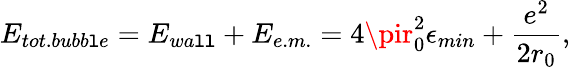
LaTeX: E_{tot.bubb\mathtt{l}e}=E_{wa\mathtt{l}\mathtt{l}}+E_{e.m.}=4\pir_{0}^{2}\epsilon_{min}+\frac{{e^{2}}}{{2r_{0}}},